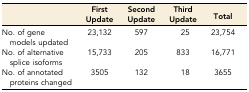
<table><thead><tr><td></td><td><b>First Update</b></td><td><b>Second Update</b></td><td><b>Third Update</b></td><td><b>Total</b></td></tr></thead><tbody><tr><td>No. of gene models updated</td><td>23,132</td><td>597</td><td>25</td><td>23,754</td></tr><tr><td>No. of alternative splice isoforms</td><td>15,733</td><td>205</td><td>833</td><td>16,771</td></tr><tr><td>No. of annotated proteins changed</td><td>3505</td><td>132</td><td>18</td><td>3655</td></tr></tbody></table>